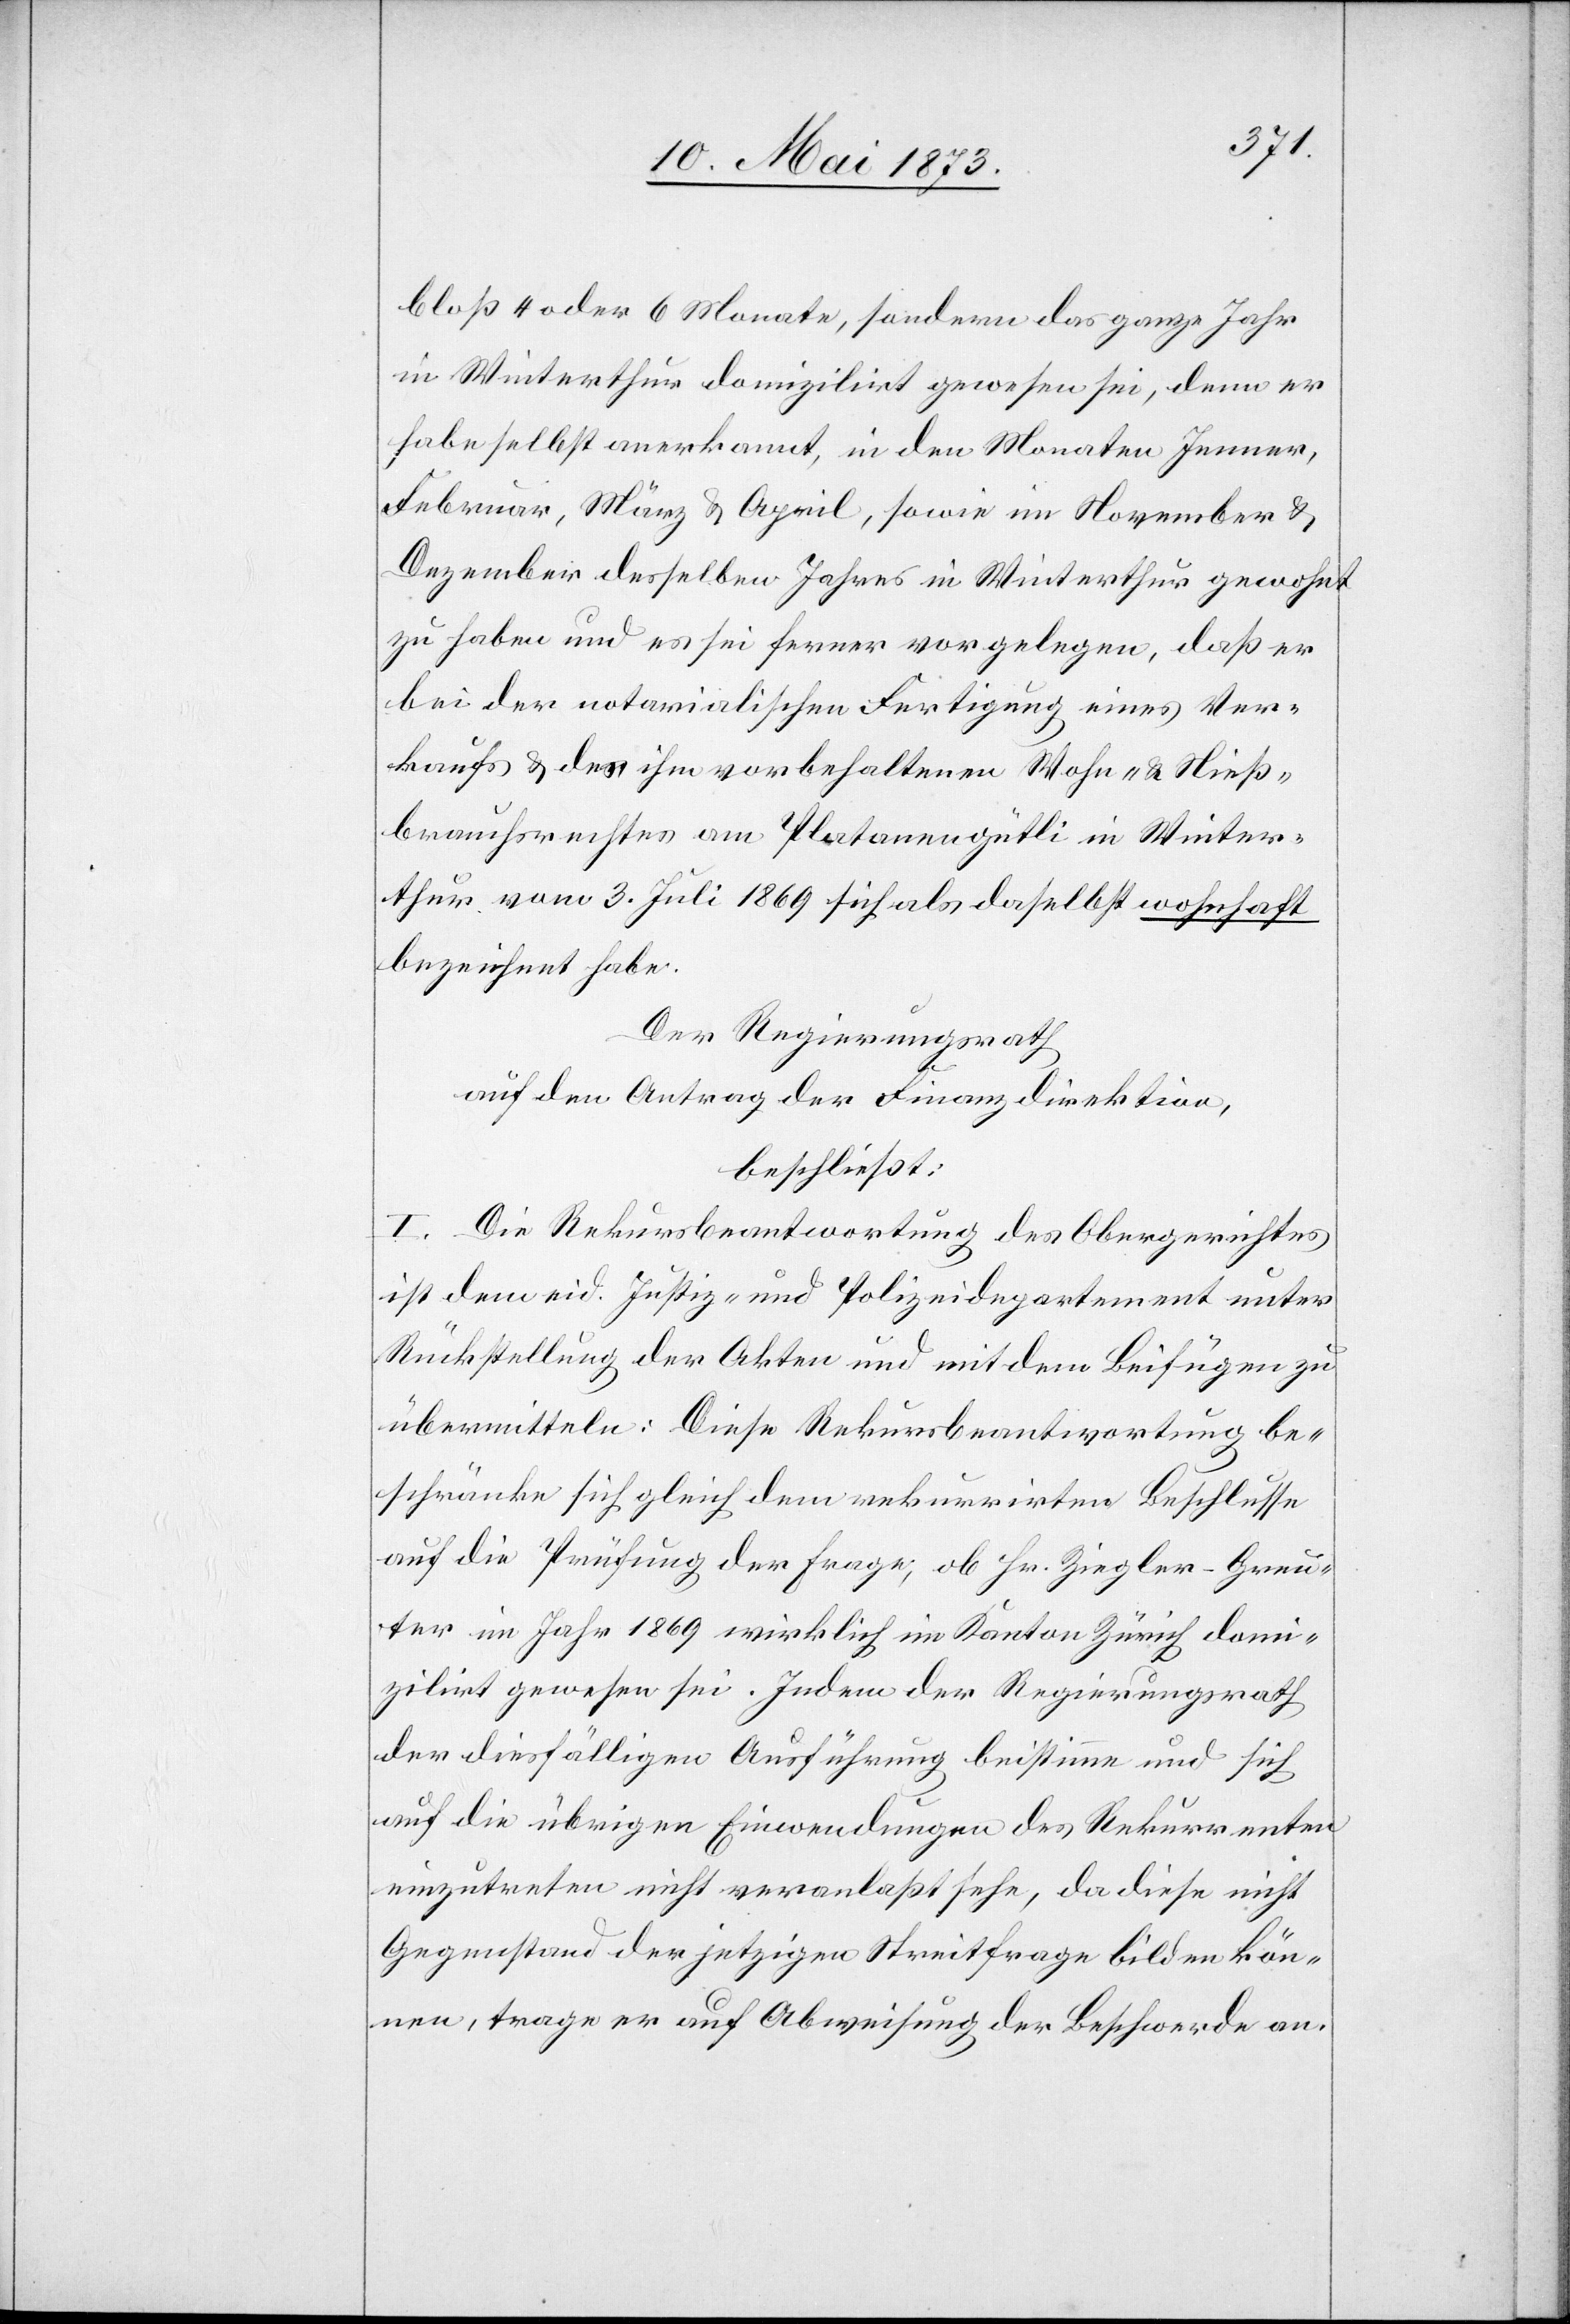
bloß 4 oder 6 Monate, sondern das ganze Jahr
in Winterthur domizilirt gewesen sei, denn er
habe selbst anerkannt, in den Monaten Jenner,
Februar, März & April, sowie im November &
Dezember desselben Jahres in Winterthur gewohnt
zu haben und es sei ferner vorgelegen, daß er
bei der notarialischen Fertigung eines Ver¬
kaufs & des ihm vorbehaltenen Wohn- & Nieß¬
brauchsrechtes am Platanengütli in Winter¬
thur vom 3. Juli 1869 sich als daselbst wohnhaft
bezeichnet habe.
Der Regierungsrath
auf den Antrag der Finanzdirektion,
beschließt:
I. Die Rekursbeantwortung des Obergerichtes
ist dem eid. Justiz- und Polizeidepartement unter
Rückstellung der Akten und mit dem Beifügen zu
übermitteln: Diese Rekursbeantwortung be¬
schränke sich gleich dem rekurrirten Beschlusse
auf die Prüfung der Frage, ob Hr. Ziegler-Greu¬
ter im Jahr 1869 wirklich im Kanton Zürich domi¬
zilirt gewesen sei. Indem der Regierungsrath
der diesfälligen Ausführung beistimme und sich
auf die übrigen Einwendungen des Rekurrenten
einzutreten nicht veranlaßt sehe, da diese nicht
Gegenstand der jetzigen Streitfrage bilden kön¬
nen, trage er auf Abweisung der Beschwerde an.